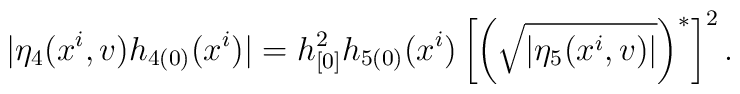
| \eta _{4} ( x^{i},v ) h_{4(0)}(x^{i}) |= h_{[0]}^{2}h_{5(0)}(x^{i})\left[ \left( \sqrt{|\eta _{5} ( x^{i},v ) |} \right) ^{\ast }\right] ^2 .